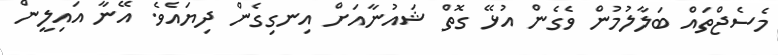
މެސެޖްތައް ބަލާލުމުން ވެގެން އުޅޭ ގޮތް ޝައުނާއަށް އިނގިގެން ދިޔައެވެ. އޭނާ އައިލީން